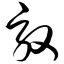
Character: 效